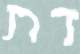
דת